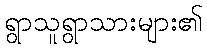
ရွာသူရွာသားများ၏